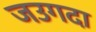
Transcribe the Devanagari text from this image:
जउगदा